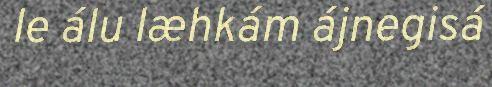
le álu læhkám ájnegisá